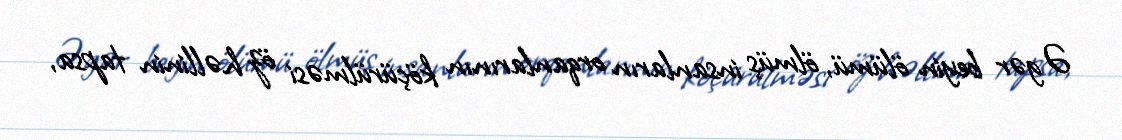
Əgər beyin ölümü, ölmüş insanların orqanlarının köçürülməsi öz həllinin tapsa,